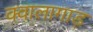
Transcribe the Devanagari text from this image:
क्वालागाड़